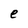
Character: e